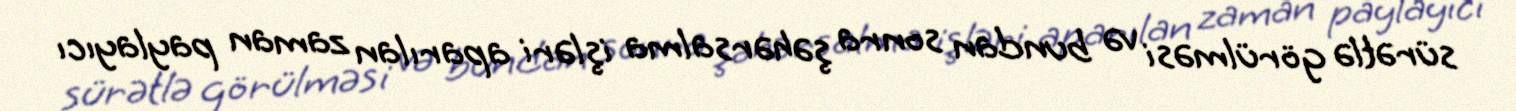
sürətlə görülməsi və bundan sonra şəhərsalma işləri aparılan zaman paylayıcı